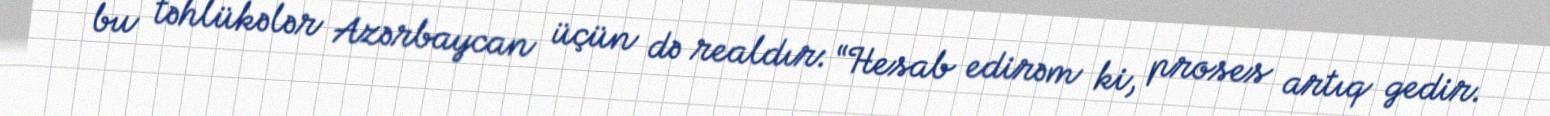
bu təhlükələr Azərbaycan üçün də realdır: “Hesab edirəm ki, proses artıq gedir.